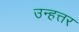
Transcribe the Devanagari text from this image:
उन्हत्तर